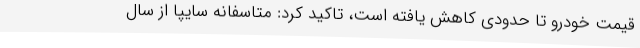
قیمت خودرو تا حدودی کاهش یافته است، تاکید کرد: متاسفانه سایپا از سال